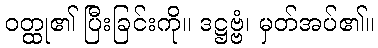
ဝတ္ထု၏ ပြီးခြင်းကို။ ဒဋ္ဌဗ္ဗံ၊ မှတ်အပ်၏။